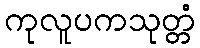
ကုလူပကသုတ္တံ